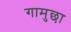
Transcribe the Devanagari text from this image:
गामुछा